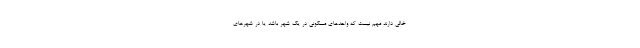
خالی دارند مهم نیست که واحدهای مسکونی در یک شهر باشد یا در شهرهای